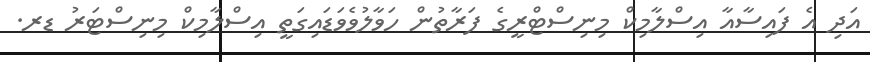
އަދި އެ ފައިސާއާ އިސްލާމިކް މިނިސްޓްރީގެ ފަރާތުން ހަވާލުވެވަޑައިގަތީ އިސްލާމިކް މިނިސްޓަރު ޑރ.